画像に写った文字を読んでください
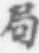
「局」と書いてあります